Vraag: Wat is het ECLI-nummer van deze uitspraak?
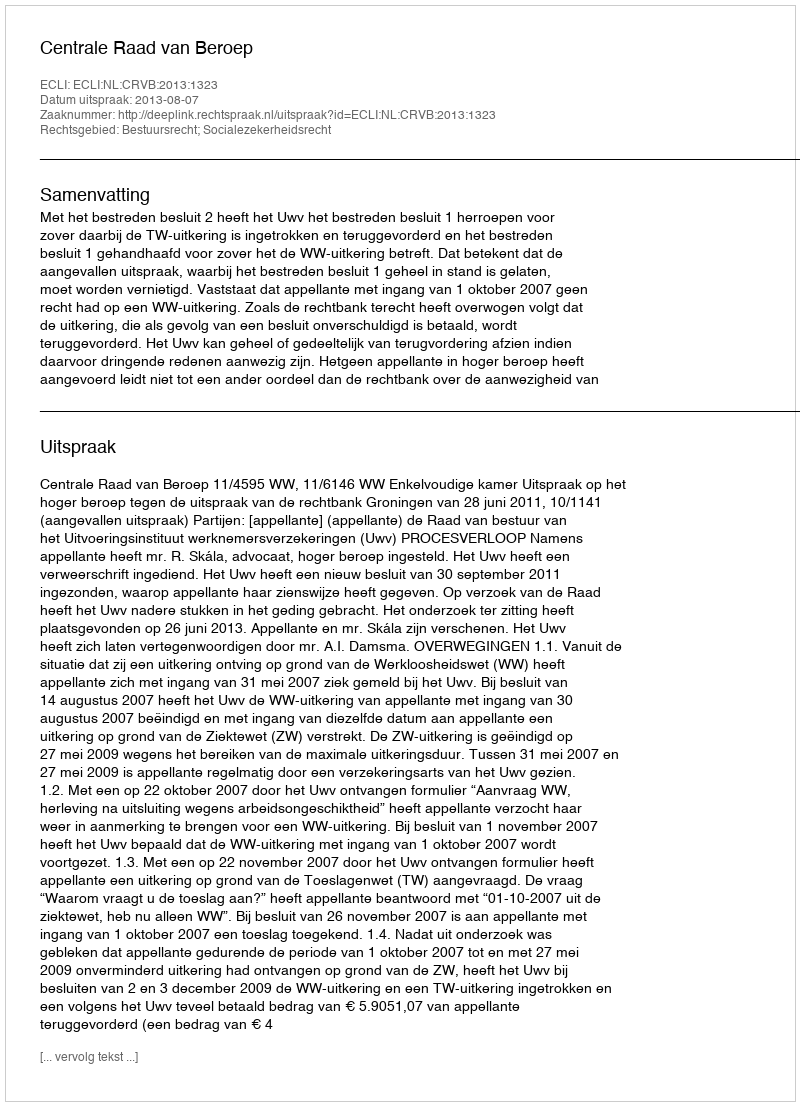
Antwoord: ECLI:NL:CRVB:2013:1323